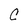
Character: C